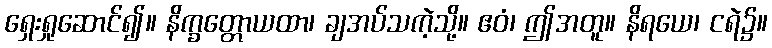
ရှေးရှုဆောင်၍။ နိက္ခတ္တောယထာ၊ ချအပ်သကဲ့သို့။ ဧဝံ၊ ဤအတူ။ နိရယေ၊ ငရဲ၌။